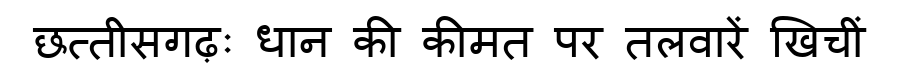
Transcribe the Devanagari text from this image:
छत्तीसगढ़ः धान की कीमत पर तलवारें खिचीं